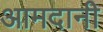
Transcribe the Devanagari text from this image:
आमदानी